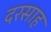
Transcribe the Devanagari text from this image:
दरसाह